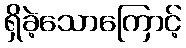
ရှိခဲ့သောကြောင့်